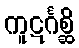
ကူဋင်္ဂစ္ဆိ